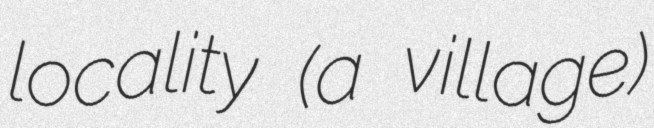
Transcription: locality (a village)